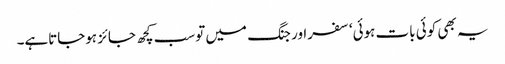
یہ بھی کوئی بات ہوئی‘ سفراور جنگ میں توسب کچھ جائز ہوجاتاہے۔